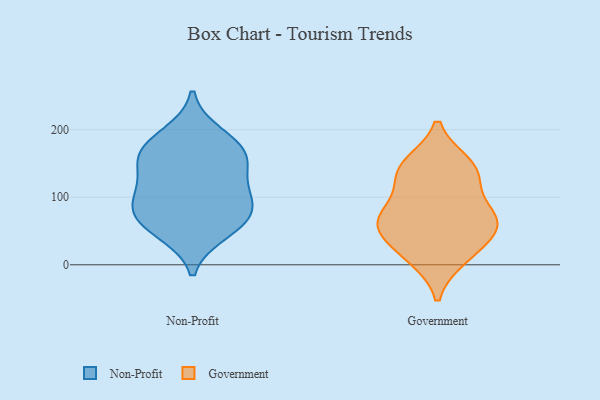
{"axis": {"x": "Waste Production (Tons)", "y": "Value"}, "legend": ["Government", "Non-Profit"], "data": [{"x": "", "y": 75, "type": "Non-Profit"}, {"x": "", "y": 75, "type": "Non-Profit"}, {"x": "", "y": 57, "type": "Non-Profit"}, {"x": "", "y": 91, "type": "Non-Profit"}, {"x": "", "y": 175, "type": "Non-Profit"}, {"x": "", "y": 111, "type": "Non-Profit"}, {"x": "", "y": 159, "type": "Non-Profit"}, {"x": "", "y": 111, "type": "Non-Profit"}, {"x": "", "y": 193, "type": "Non-Profit"}, {"x": "", "y": 161, "type": "Non-Profit"}, {"x": "", "y": 48, "type": "Non-Profit"}, {"x": "", "y": 151, "type": "Non-Profit"}, {"x": "", "y": 10, "type": "Government"}, {"x": "", "y": 58, "type": "Government"}, {"x": "", "y": 15, "type": "Government"}, {"x": "", "y": 81, "type": "Government"}, {"x": "", "y": 71, "type": "Government"}, {"x": "", "y": 67, "type": "Government"}, {"x": "", "y": 149, "type": "Government"}, {"x": "", "y": 129, "type": "Government"}, {"x": "", "y": 41, "type": "Government"}, {"x": "", "y": 60, "type": "Government"}, {"x": "", "y": 148, "type": "Government"}, {"x": "", "y": 130, "type": "Government"}]}